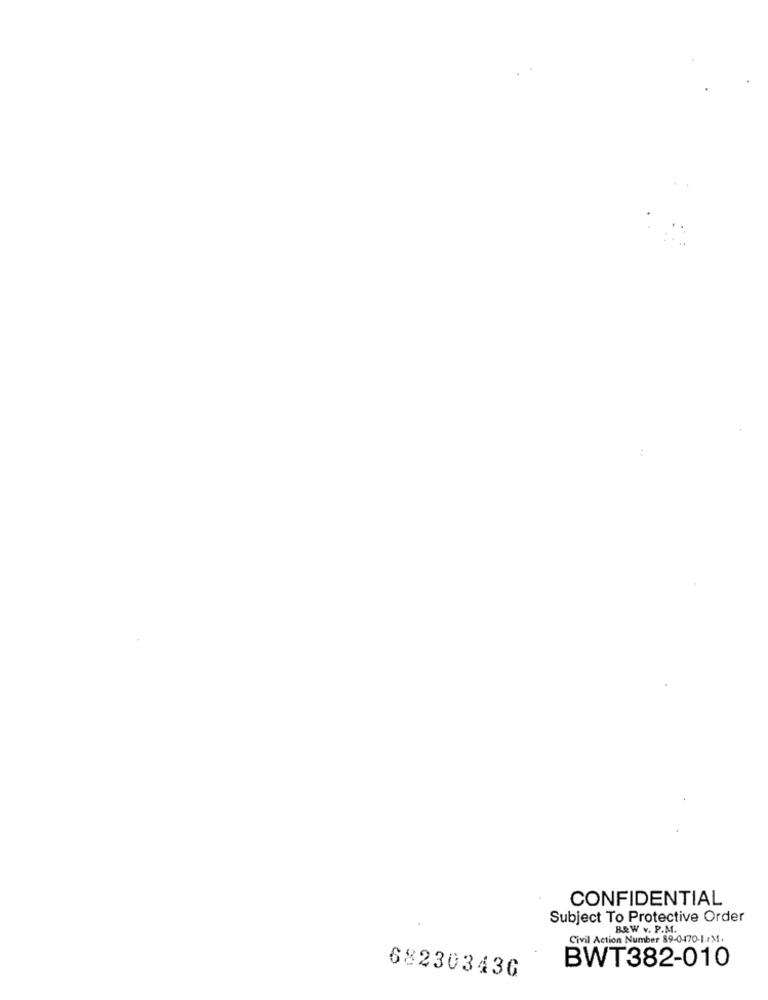
CONFIDENTIAL
Subject To Protective Order
B&W v. P.M.
Civil Action Number 89-0470-1.rM.
682303436
BWT382-010